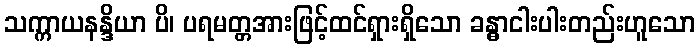
သက္ကာယနန္ဒိယာ ပိ၊ ပရမတ္တအားဖြင့်ထင်ရှားရှိသော ခန္ဓာငါးပါးတည်းဟူသော